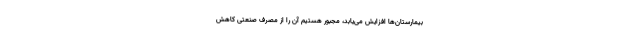
بیمارستان‌ها افزایش می‌یابد، مجبور هستیم آن را از مصرف صنعتی کاهش